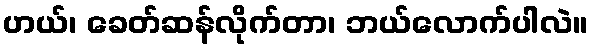
ဟယ်၊ ခေတ်ဆန်လိုက်တာ၊ ဘယ်လောက်ပါလဲ။